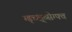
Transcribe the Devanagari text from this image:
ग्ड्च्क्ष्व्सेग्फ्व